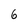
Character: 6